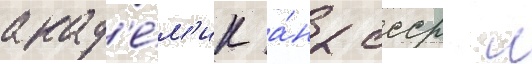
акад'е́м'ик а́н ссср л